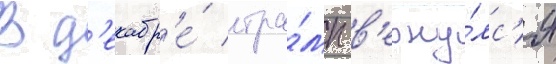
В д'екабр'е́ тра́мп в'ерну́лс'я